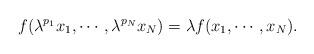
LaTeX: \begin{align*} f(\lambda^{p_1}x_1,\cdots, \lambda^{p_N}x_N)=\lambda f(x_1,\cdots, x_N).\end{align*}